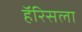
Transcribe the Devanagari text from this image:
हॅरिसला